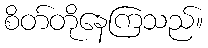
စိတ်တိုနေကြသည်။